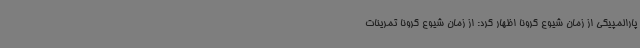
پارالمپیکی از زمان شیوع کرونا اظهار کرد: از زمان شیوع کرونا تمرینات